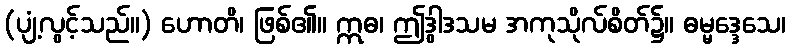
(ပျံ့လွင့်သည်။) ဟောတိ၊ ဖြစ်၏။ ဣဓ၊ ဤဒွါဒသမ အကုသိုလ်စိတ်၌။ ဓမ္မဒ္ဒေသေ၊